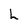
Character: L